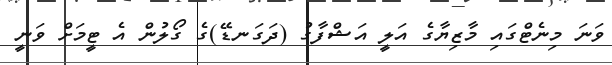
ވަނަ މިނެޓްގައި މާޒިޔާގެ އަލީ އަޝްފާގު (ދަގަނޑޭ)ގެ ގޯލުން އެ ޓީމަށް ވަނީ